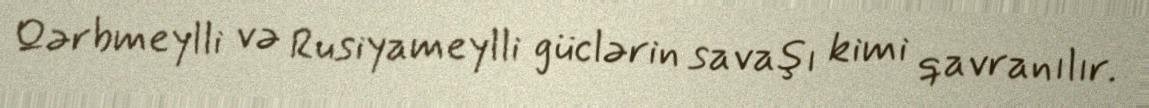
Qərbmeylli və Rusiyameylli güclərin savaşı kimi qavranılır.